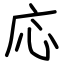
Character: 応